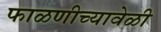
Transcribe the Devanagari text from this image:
फाळणीच्यावेळी